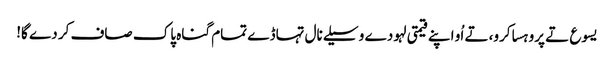
یسوع تے پروہسا کرو، تے اُو اپنے قیمتی لہو دے وسیلے نال تہاڈے تمام گناہ پاک صاف کر دے گا!